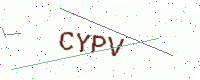
Text: CYPV